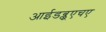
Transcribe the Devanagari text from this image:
आईडब्लूएचए